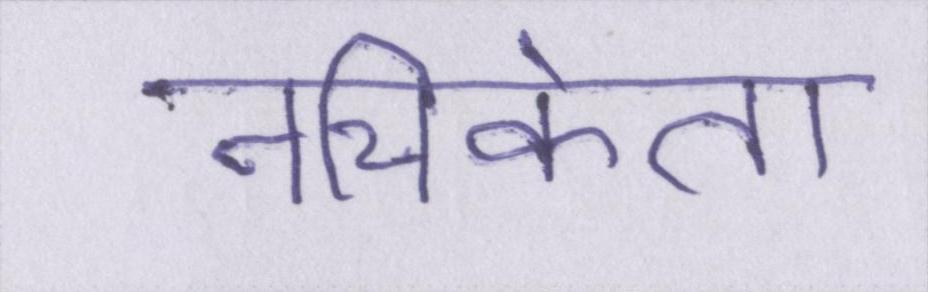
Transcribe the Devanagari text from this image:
नचिकेता